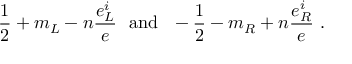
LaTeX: \frac { 1 } { 2 } + m _ { L } - n \frac { e _ { L } ^ { i } } { e } ~ ~ \mathrm { a n d } ~ ~ - \frac { 1 } { 2 } - m _ { R } + n \frac { e _ { R } ^ { i } } { e } ~ .